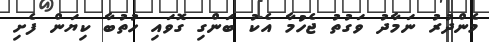
މެންދުރު ނަމާދު ވަގުތު ޖެހުމާ އެކު ބަންގި ގޮވައި ހުތުބާ ކިޔަން ފެށި